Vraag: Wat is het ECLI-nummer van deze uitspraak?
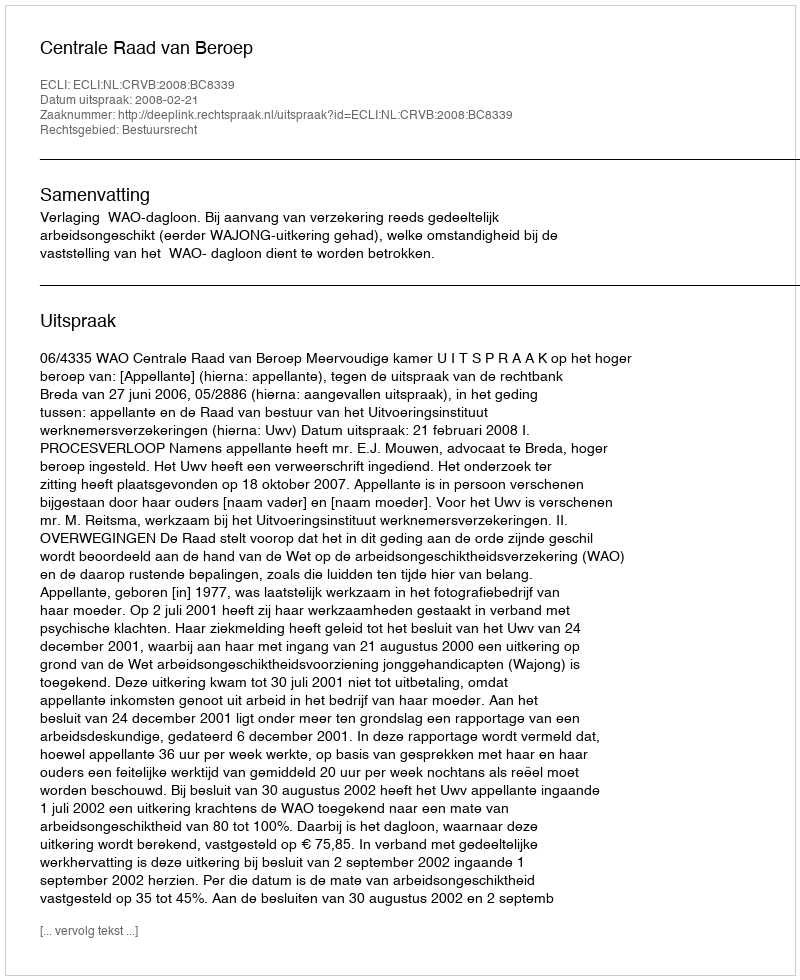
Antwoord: ECLI:NL:CRVB:2008:BC8339